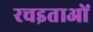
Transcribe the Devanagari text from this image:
रचइताओं